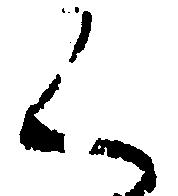
く